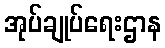
အုပ်ချုပ်ရေးဌာန